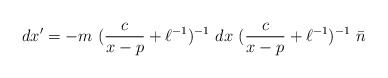
\begin{align*}dx'=-m~(\frac{c}{x-p}+\ell^{-1})^{-1}~dx~(\frac{c}{x-p}+ \ell^{-1})^{-1}~\bar{n}\end{align*}